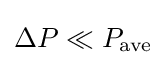
\Delta P\ll P_{\rm {ave}}